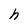
Character: h